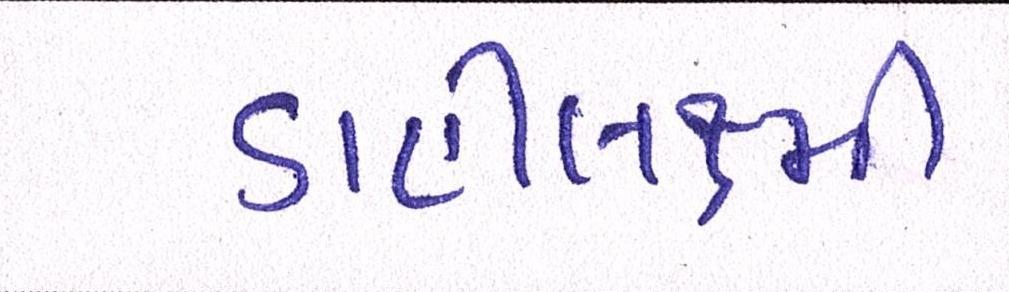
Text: ડાહીલક્ષ્મી